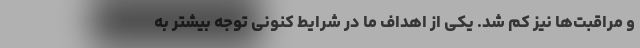
و مراقبت‌ها نیز کم شد. یکی از اهداف ما در شرایط کنونی توجه بیشتر به